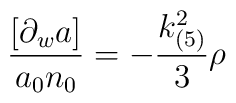
\frac{[\partial_wa]}{a_0n_0}=-\frac{k^2_{(5)}}{3}\rho